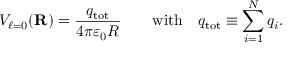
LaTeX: V _ { \ell = 0 } ( \mathbf { R } ) = { \frac { q _ { \mathrm { t o t } } } { 4 \pi \varepsilon _ { 0 } R } } \qquad { \mathrm { w i t h } } \quad q _ { \mathrm { t o t } } \equiv \sum _ { i = 1 } ^ { N } q _ { i } .